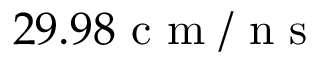
2 9 . 9 8 \mathrm { ~ c ~ m ~ / ~ n ~ s ~ }